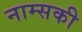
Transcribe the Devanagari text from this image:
नाम्सकी